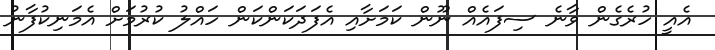
އެއީ ހުރެގެން ވާނެ ސިފައެއް ނޫން ކަމަށާއި އެފަދަކަންކަން ހައްލު ކުރުމަށް އެމަނިކުފާނު